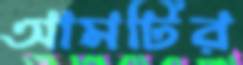
আমটির